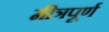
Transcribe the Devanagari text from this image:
मीत्रपूर्ण